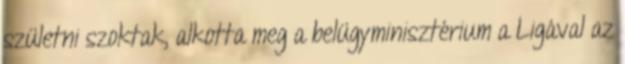
születni szoktak, alkotta meg a belügyminisztérium a Ligával az